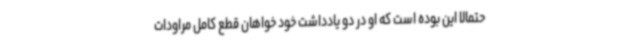
حتمالا این بوده است که او در دو یادداشت خود خواهان قطع کامل مراودات